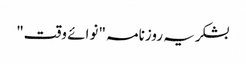
بشکریہ روزنامہ "نوائے وقت"